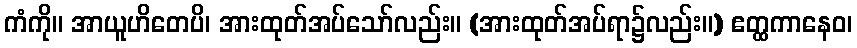
ကံကို။ အာယူဟိတေပိ၊ အားထုတ်အပ်သော်လည်း။ (အားထုတ်အပ်ရာ၌လည်း။) ဧတ္ထကာနေဝ၊